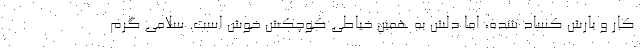
کار و بارش کساد شده، اما دلش به همین خیاطی کوچکش خوش است. سلامی گرم